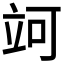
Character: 𥩤